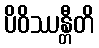
ပိဝိဿန္တီတိ